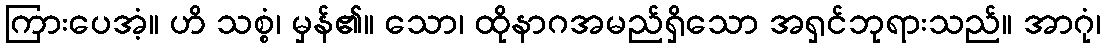
ကြားပေအံ့။ ဟိ သစ္စံ၊ မှန်၏။ သော၊ ထိုနာဂအမည်ရှိသော အရှင်ဘုရားသည်။ အာဂုံ၊